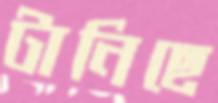
টানিছে